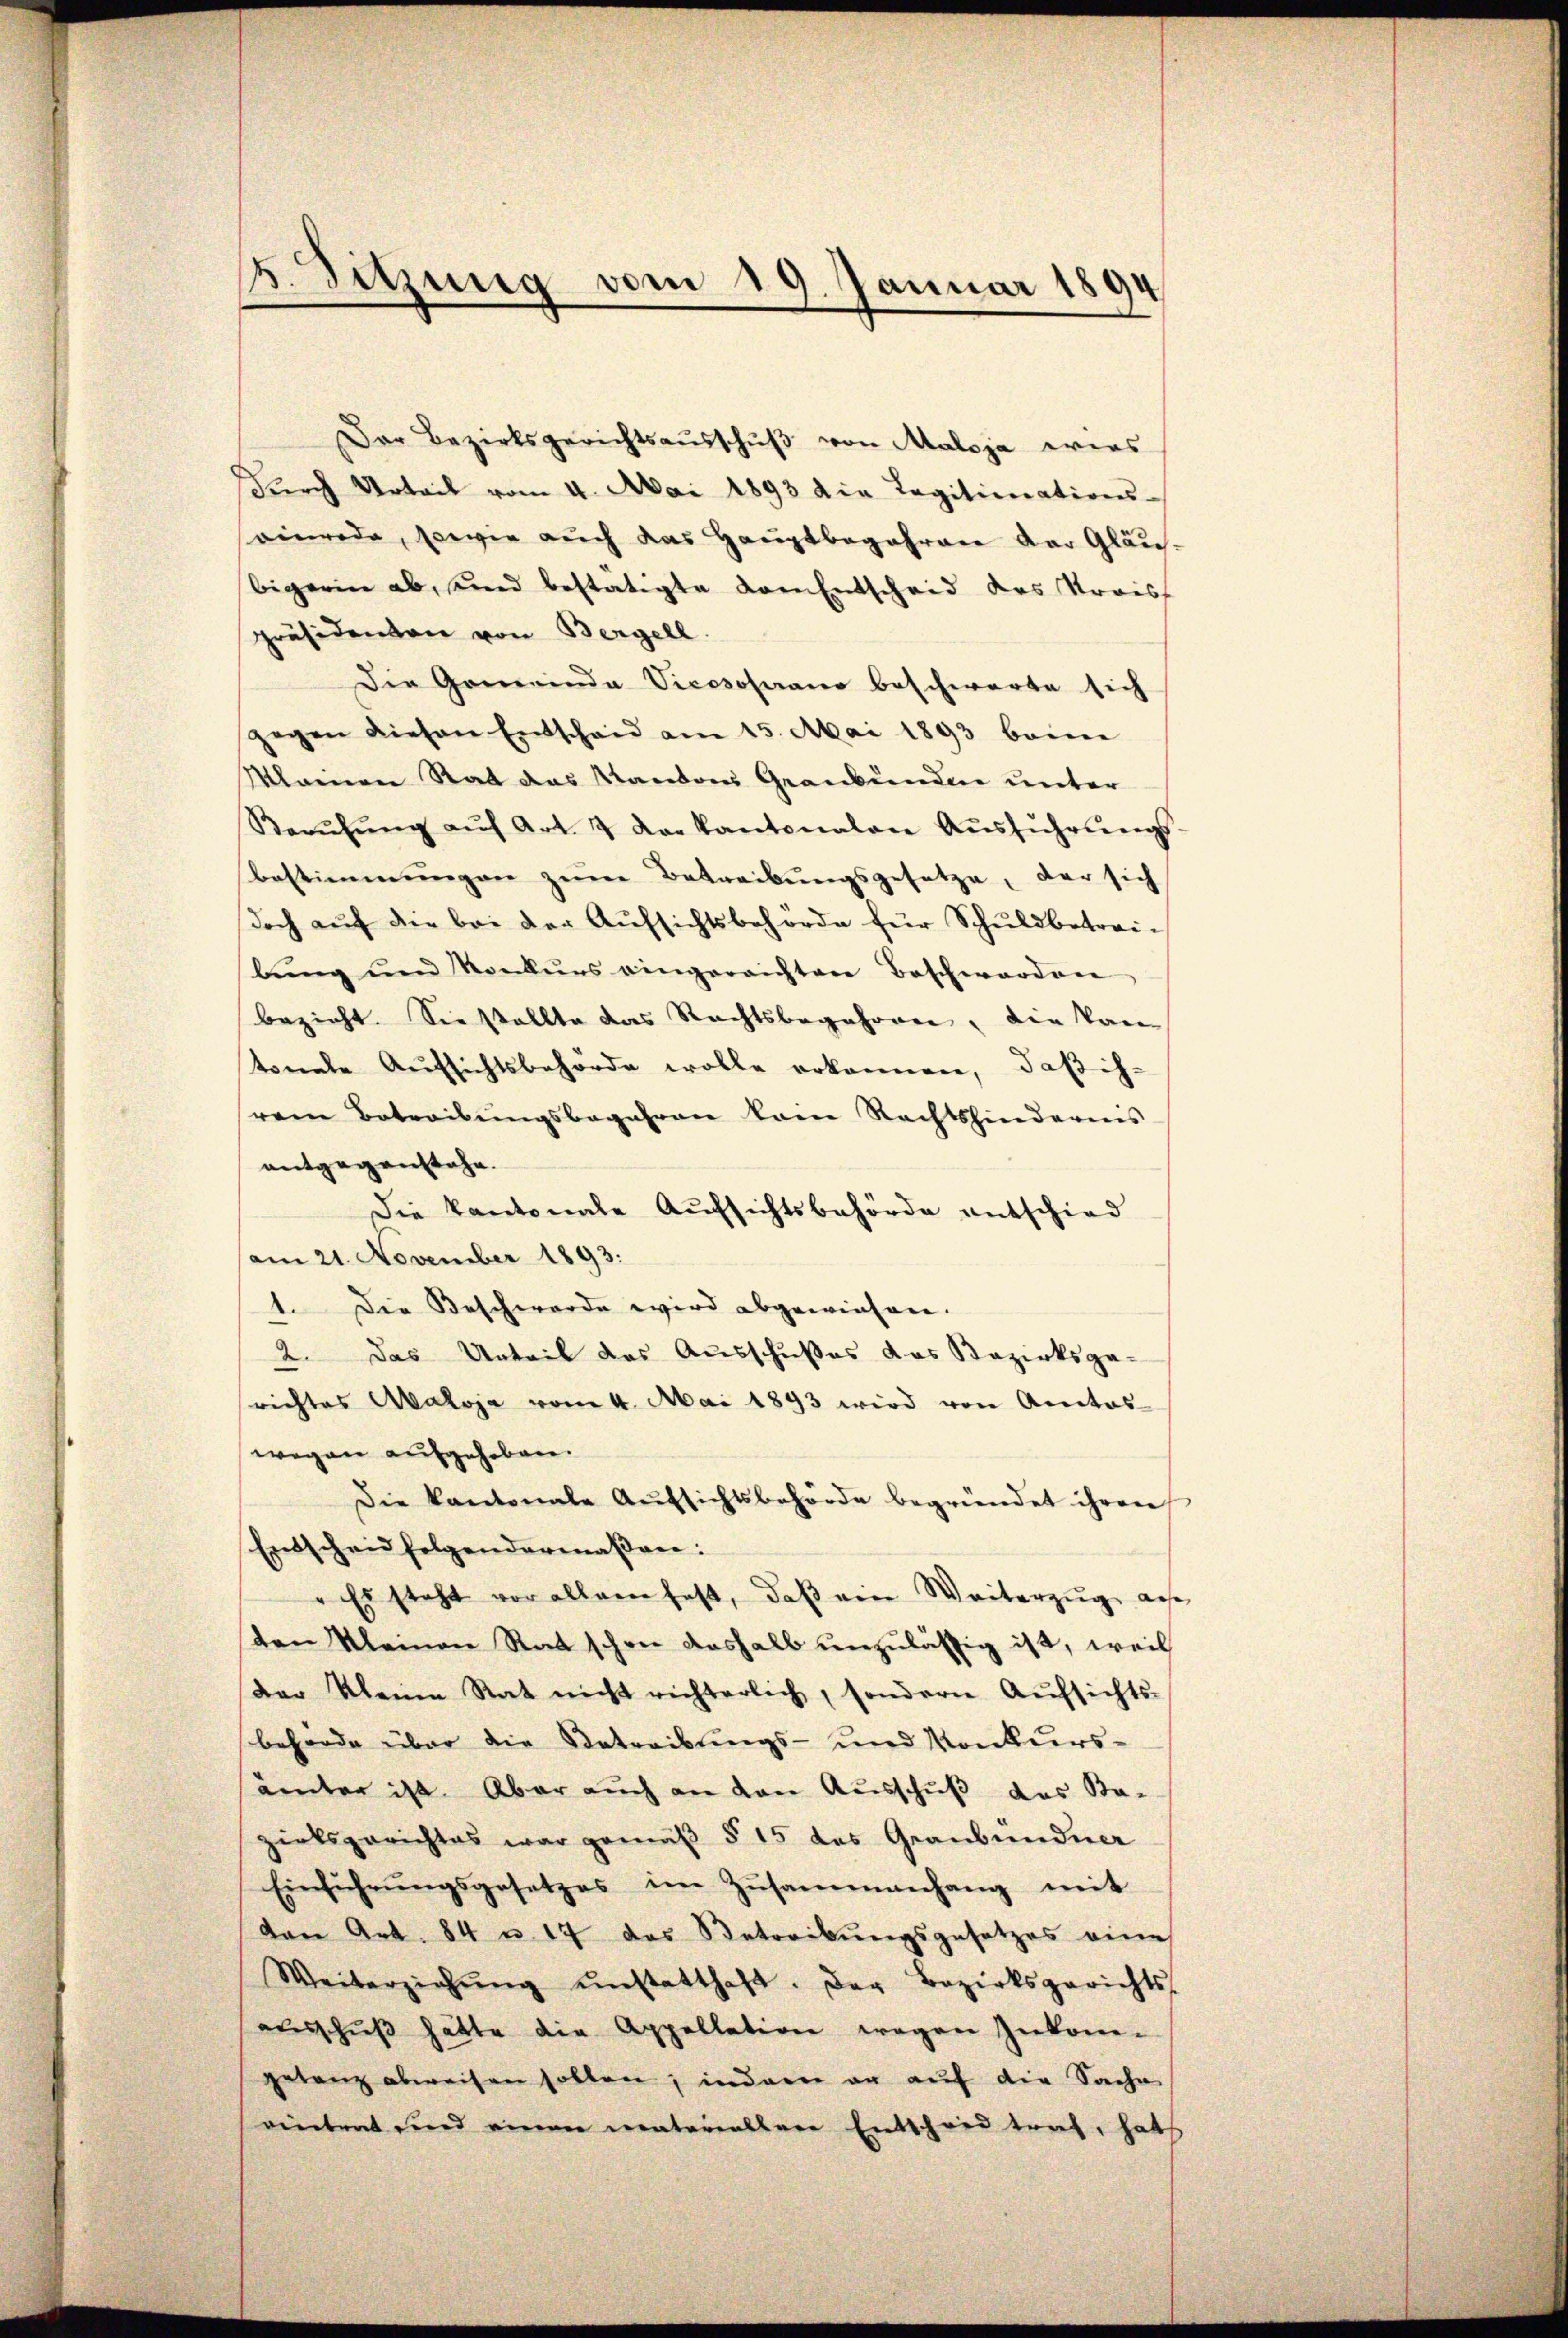
5. Sitzung vom 19. Januar 1894

Der Bezirksgerichtsaŭsschŭβ von Maloja wies
dŭrch Urteil vom 4. Mai 1893 die Legitimations-
einrede, sowie auch das Hauptbegehren der Gläu-
bigerin ab, und bestätigte von Entscheid des Stroiss
präsidenten von Bergell.
Die Gemeinda Vicesoferano beschwerte sich
gegen diesen Entschaid am 15. Mai 1893 beime
Mlainen Rat das Kantons Graubünden unter
Berŭfŭng aŭf Art. 3 der Kantonalen Aŭsführŭngs-
bestimmungen zum Betreibungsgesetze, der sich
doch auf die bei der Aufsichtsbehörde für Schuldbetreilŭng und Konkŭrs eingereichten Beschworden
bezieht. Sie stellte das Rechtsbegehren, die kan
tonale Aufsichtsbehörde wolle erkennen, daß ih-
rem Betreibŭngsbegehren kein Rechtshindernis
antgegenstehe.
Die Kantonale Aufsichtsbehörde entschied
am 21. November 1893.
1. Die Beschwerde wird abgewiesen.
2. Das Urteil das Ausschußes das Bezirksge-
srichtes Aaloja vom 4. Mai 1893 wird von Amtos-
wegen aufgehoben.
Die kantonale Aŭfsichtsbehörde begründet ihren
Entscheid folgendermaßen:
" Es steht vor allein fast, daß ein Weiterzug aus
sten Kleinen Rat schon deshalb unzulässig ist, weil
Der Kleine Rat nicht richterlich, sondern Aŭfsichts-
behörde über die Betreibungs- und Konkurs-
ämter ist. Aber auch an den Ausschuß das Ba-
zirksgerichtes war gemäβ § 15 das Graubündner
Einführŭngsgesetzes im Zusammenhang mit
von Art. 84 u. 17 das Betreibungsgesetzes eine
Weiterziehŭng ŭnstatthaft. Der Bezirksgerichts-
aŭsschŭβ hätte die Appellation wegen Inkon-
getanz abweisen sollen, indem er auf die Sache
vintrat und einen materiallere Entscheid traf, hat